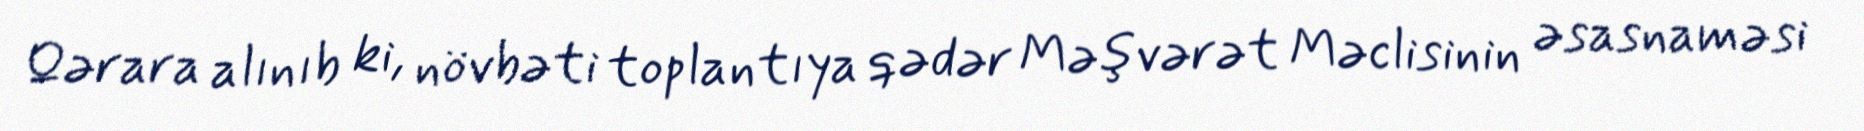
Qərara alınıb ki, növbəti toplantıya qədər Məşvərət Məclisinin əsasnaməsi